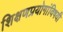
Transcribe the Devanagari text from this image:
शिक्षणप्रयोगांविषयी